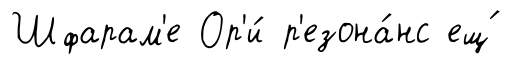
Шфарам'е Ор'и́ р'езона́нс ещ́